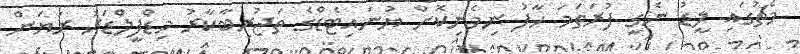
މެޗުގައި ލީޑު ނެގީ ފުރަތަމަ ހާފު ނިމެނިކޮށް ޔުނައިޓެޑްގެ ތަޖުރިބާކާރު މިޑްފީލްޑަރު ރަޔަން